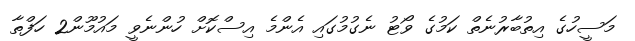
މަސީހުގެ އިތުބާރުނެތް ކަމުގެ ވޯޓު ނެގުމުގައި އެންމެ އިސްކޮށް ހުންނެވީ މައުމޫން2 ހަފްތާ